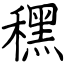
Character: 䆀